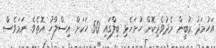
އަހުމަދު މުބީން މެދުވެރިކޮށް ހުށަހެޅި ބިލްގައި 50 ހަކަށް އިސްލާހު އޮތެވެ. ނަމަވެސް